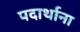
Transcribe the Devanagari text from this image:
पदार्थाना